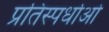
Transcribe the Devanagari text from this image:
प्रतिस्पर्धाओ